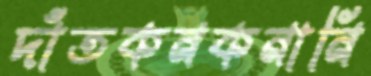
দাঁতকনকনানি